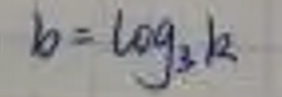
\[b = \log_2 k\]